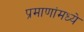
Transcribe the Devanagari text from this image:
प्रमाणांमध्ये